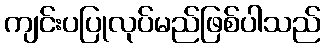
ကျင်းပပြုလုပ်မည်ဖြစ်ပါသည်